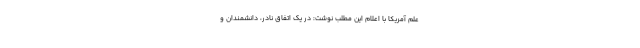
علم آمریکا با اعلام این مطلب نوشت: در یک اتفاق نادر، دانشمندان و